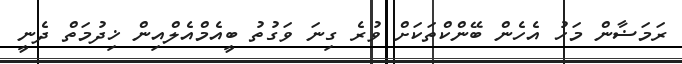
ރަަމަޟާން މަހު އެހެން ބޭންކްތަކަށް ވުރެ ގިނަ ވަގުތު ބީއެމްއެލްއިން ޚިދުމަތް ދެނީ